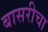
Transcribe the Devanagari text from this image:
बासरीचा